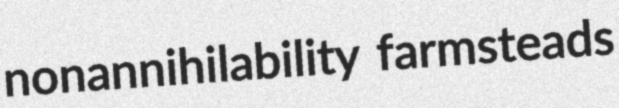
nonannihilability farmsteads